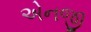
એનજી